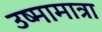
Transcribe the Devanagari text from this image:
उष्मामात्रा